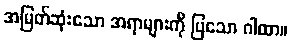
အမြတ်ဆုံးသော အရာများကို ပြသော ဂါထာ။